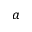
^ a